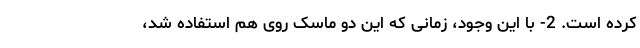
کرده است. 2- با این وجود، زمانی که این دو ماسک روی هم استفاده شد،